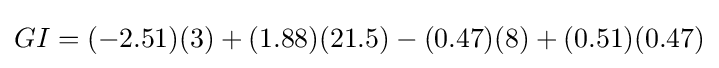
GI=(-2.51)(3)+(1.88)(21.5)-(0.47)(8)+(0.51)(0.47)